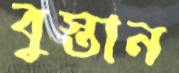
বুস্তান